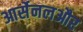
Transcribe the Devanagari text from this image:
आर्सेनलऔर